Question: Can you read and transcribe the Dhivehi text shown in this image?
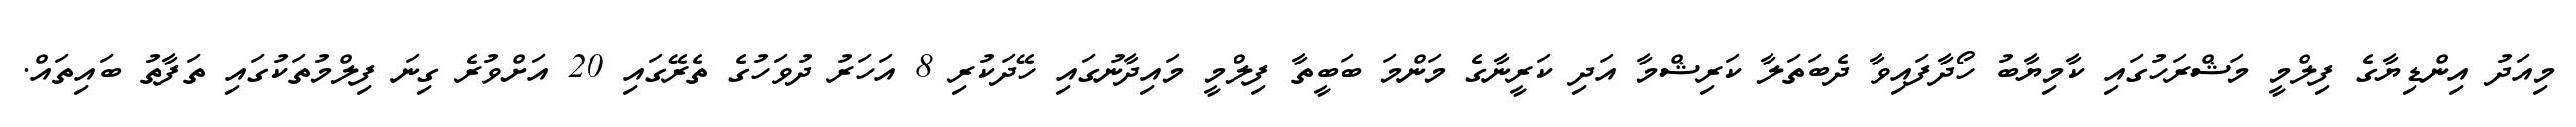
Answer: މިއަދު އިންޑިޔާގެ ފިލްމީ މަޝްރަހުގައި ކާމިޔާބު ހޯދާފައިވާ ދެބަތަލާ ކަރިޝްމާ އަދި ކަރީނާގެ މަންމަ ބަބީތާ ފިލްމީ މައިދާނުގައި ހޭދަކުރި 8 އަހަރު ދުވަހުގެ ތެރޭގައި 20 އަށްވުރެ ގިނަ ފިލްމުތަކުގައި ތަފާތު ބައިތައް.